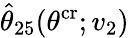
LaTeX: \hat{\theta}_{25}(\theta^{\mathrm{cr}};v_{2})